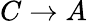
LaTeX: C\rightarrow A